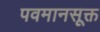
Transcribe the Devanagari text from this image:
पवमानसूक्त